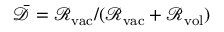
\bar { \mathcal { D } } = \mathcal { R } _ { \mathrm { v a c } } / ( \mathcal { R } _ { \mathrm { v a c } } + \mathcal { R } _ { \mathrm { v o l } } )